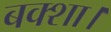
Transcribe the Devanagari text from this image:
बक्शा।